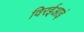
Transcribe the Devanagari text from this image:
विरईआइं